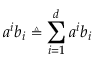
a ^ { i } b _ { i } \triangleq \sum _ { i = 1 } ^ { d } a ^ { i } b _ { i }